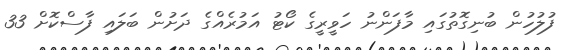
ފުލުހުން ބުނިގޮތުގައި މާފަންނު ހަވީރީގެ ކޯޓު އަމުރެއްގެ ދަށުން ބަލައި ފާސްކޮށް 33